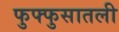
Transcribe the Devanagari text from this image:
फुफ्फुसातली